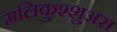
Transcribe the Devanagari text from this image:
मलिकुश्शुअरा